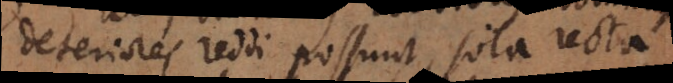
deteriores reddi possunt; sola recta